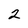
Character: 2